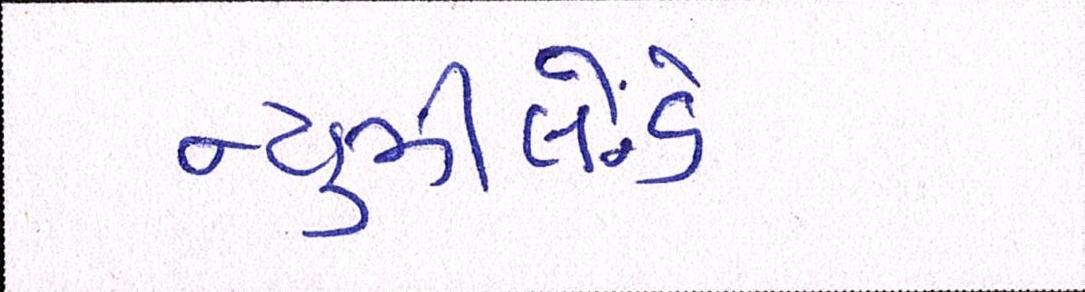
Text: ન્યૂઝીલેન્ડે